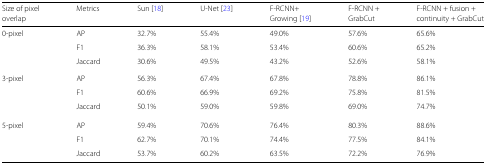
| Size of pixel | Metrics | Sun [18] | U-Net [23] | F-RCNN+ | F-RCNN + | F-RCNN + fusion + |
 | overlap |  |  |  | Growing [19] | GrabCut | continuity + GrabCut |
 | --- | --- | --- | --- | --- | --- | --- |
 | 0-pixel | AP | 32.7% | 55.4% | 49.0% | 57.6% | 65.6% |
 |  | F1 | 36.3% | 58.1% | 53.4% | 60.6% | 65.2% |
 |  | Jaccard | 30.6% | 49.5% | 43.2% | 52.6% | 58.1% |
 | 3-pixel | AP | 56.3% | 67.4% | 67.8% | 78.8% | 86.1% |
 |  | F1 | 60.6% | 66.9% | 69.2% | 75.8% | 81.5% |
 |  | Jaccard | 50.1% | 59.0% | 59.8% | 69.0% | 74.7% |
 | 5-pixel | AP | 59.4% | 70.6% | 76.4% | 80.3% | 88.6% |
 |  | F1 | 62.7% | 70.1% | 74.4% | 77.5% | 84.1% |
 |  | Jaccard | 53.7% | 60.2% | 63.5% | 72.2% | 76.9% |